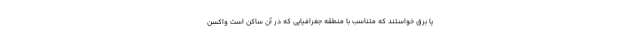
یا برق خواستند که متناسب با منطقه جغرافیایی که در آن ساکن است واکسن